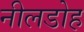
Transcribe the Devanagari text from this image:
नीलडोह